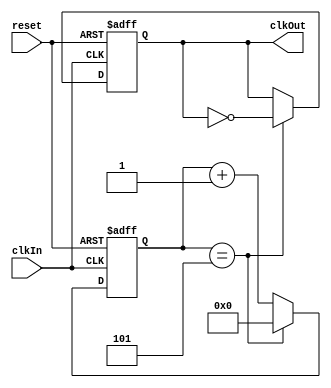
`timescale 1ns / 1ps
//////////////////////////////////////////////////////////////////////////////////
// Company: 
// Engineer: 
// 
// Design Name: 
// Module Name: debounceClk
// Project Name: 
// Target Devices: 
// Tool Versions: 
// Description: 
// 
// Dependencies: 
// 
// Revision:
// Revision 0.01 - File Created
// Additional Comments:
// 
//////////////////////////////////////////////////////////////////////////////////


module debounceClk(clkIn,
              reset,
			  clkOut
    );
    input clkIn;
    input reset;
    output reg clkOut = 0 ;
    reg [31:0] counter = 0;
    
    always @(posedge clkIn or negedge reset) begin
        if(~reset) begin
            clkOut <= 0;
            counter <= 0;
        end else
            if(counter == 5) begin
                counter <= 0;
                clkOut <= ~clkOut;
            end 
            else
                counter <= counter + 1'b1;
    end

endmodule